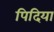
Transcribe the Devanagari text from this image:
पिदिया